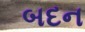
બદન